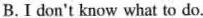
B.I don't know what to do.